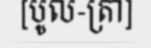
[បូល-ត្រា]